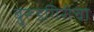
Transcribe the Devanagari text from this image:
बुरूडगिरीचा